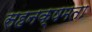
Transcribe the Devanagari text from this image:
सहनक्षमता